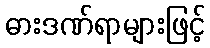
ဓားဒဏ်ရာများဖြင့်